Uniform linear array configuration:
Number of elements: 48
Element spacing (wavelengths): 1
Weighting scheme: kaiser
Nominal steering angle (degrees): -15
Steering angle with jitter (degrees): -15.083
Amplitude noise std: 0.05
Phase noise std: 0.05

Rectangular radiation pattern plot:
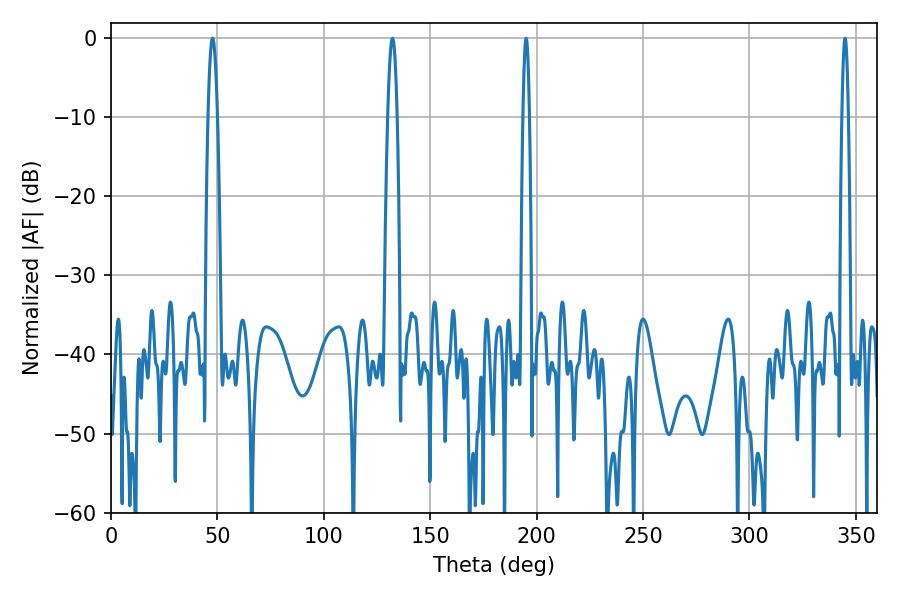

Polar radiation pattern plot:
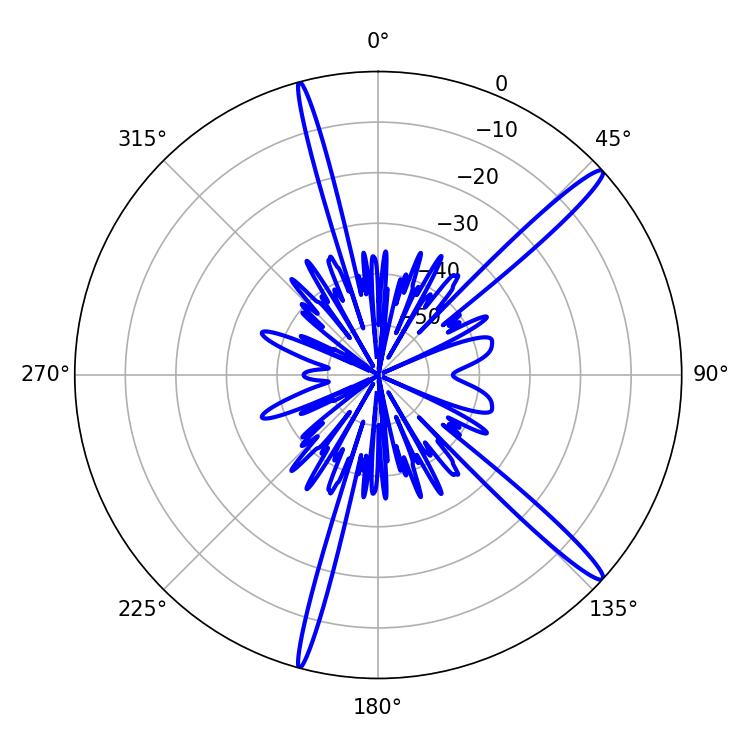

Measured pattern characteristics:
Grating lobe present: TRUE
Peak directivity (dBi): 15.843
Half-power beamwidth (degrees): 2.34
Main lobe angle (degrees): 47.7